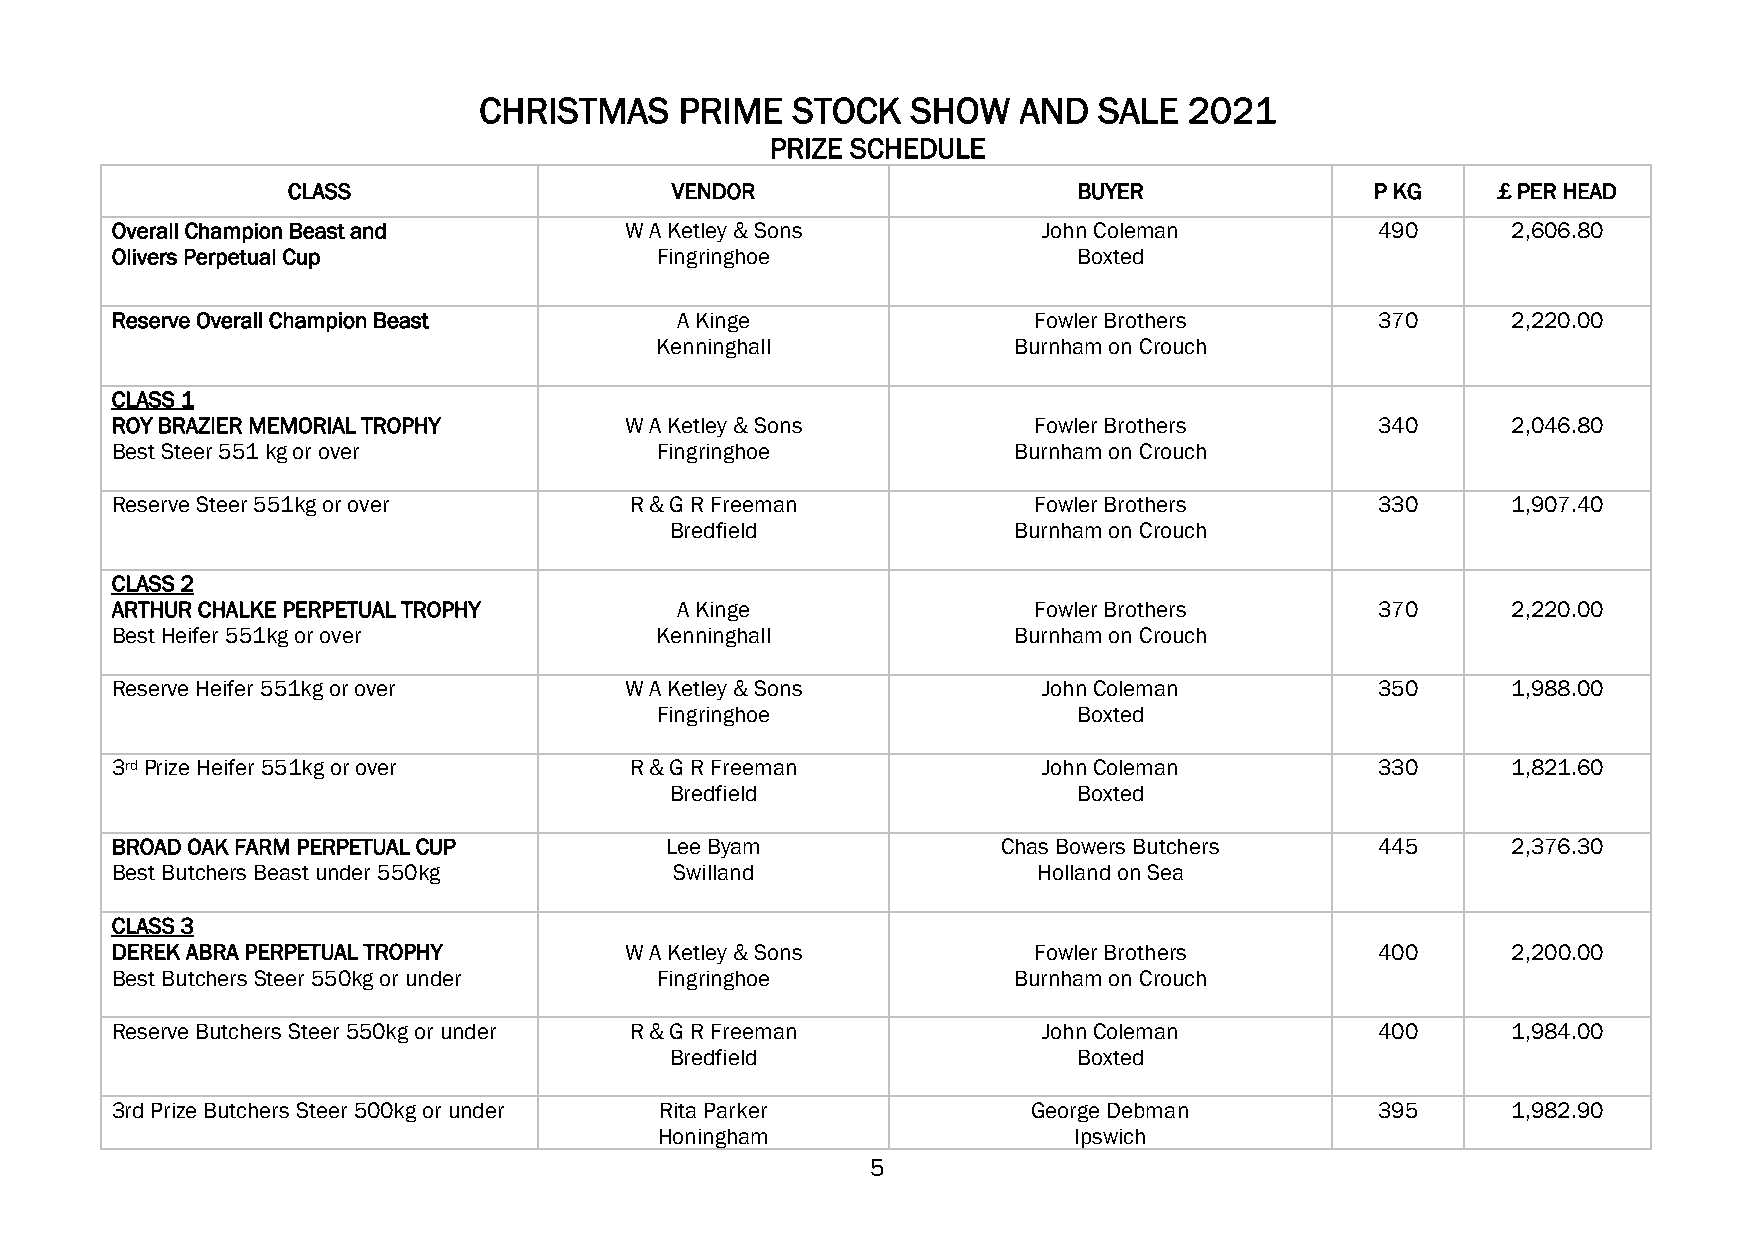
CHRISTMAS    PRIME  STOCK   SHOW   AND   SALE  2021
 PRIZE SCHEDULE
 CLASS                    VENDOR                     BUYER               P KG    £ PER HEAD
 Overall Champion Beast and        W A Ketley & Sons           John Coleman          490      2,606.80
 Olivers Perpetual Cup               Fingringhoe                 Boxted
 Reserve Overall Champion Beast        A Kinge                Fowler Brothers        370      2,220.00
 Kenninghall             Burnham on Crouch
 CLASS 1
 ROY BRAZIER MEMORIAL TROPHY       W A Ketley & Sons          Fowler Brothers        340      2,046.80
 Best Steer 551 kg or over           Fingringhoe             Burnham on Crouch
 Reserve Steer 551kg or over        R & G R Freeman           Fowler Brothers        330      1,907.40
 Bredfield              Burnham on Crouch
 CLASS 2
 ARTHUR CHALKE PERPETUAL TROPHY        A Kinge                Fowler Brothers        370      2,220.00
 Best Heifer 551kg or over           Kenninghall             Burnham on Crouch
 Reserve Heifer 551kg or over      W A Ketley & Sons           John Coleman          350      1,988.00
 Fingringhoe                 Boxted
 3rd Prize Heifer 551kg or over     R & G R Freeman            John Coleman          330      1,821.60
 Bredfield                  Boxted
 BROAD OAK FARM PERPETUAL CUP         Lee Byam              Chas Bowers Butchers     445      2,376.30
 Best Butchers Beast under 550kg       Swilland                Holland on Sea
 CLASS 3
 DEREK ABRA PERPETUAL TROPHY       W A Ketley & Sons          Fowler Brothers        400      2,200.00
 Best Butchers Steer 550kg or under  Fingringhoe             Burnham on Crouch
 Reserve Butchers Steer 550kg or under R & G R Freeman         John Coleman          400      1,984.00
 Bredfield                  Boxted
 3rd Prize Butchers Steer 500kg or under Rita Parker          George Debman          395      1,982.90
 Honingham                  Ipswich
 5